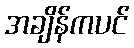
အချိန်ကပင်